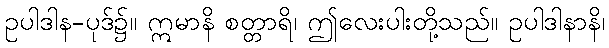
ဥပါဒါန-ပုဒ်၌။ ဣမာနိ စတ္တာရိ၊ ဤလေးပါးတို့သည်။ ဥပါဒါနာနိ၊